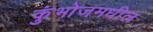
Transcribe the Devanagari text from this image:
कुंभोजमधील